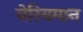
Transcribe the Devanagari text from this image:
बेरियमान